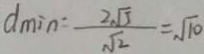
d \min = \frac { 2 \sqrt { 5 } } { \sqrt { 2 } } = \sqrt { 1 0 }